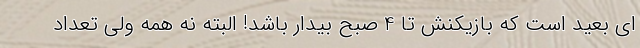
ای بعید است که بازیکنش تا 4 صبح بیدار باشد! البته نه همه ولی تعداد